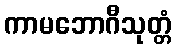
ကာမဘောဂီသုတ္တံ